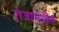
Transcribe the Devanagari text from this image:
राजामधील